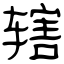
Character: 辖